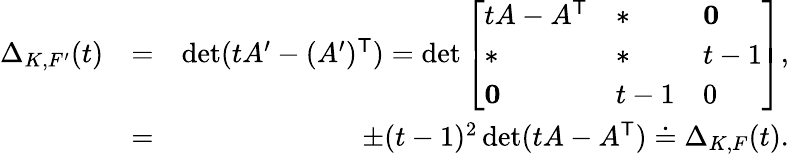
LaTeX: \begin{array}{rlr}{\Delta_{K,F^{\prime}}(t)}&{=}&{\operatorname*{det}(tA^{\prime}-(A^{\prime})^{\mathsf{T}})=\operatorname*{det}\left[\begin{array}{lll}{tA-A^{\mathsf{T}}}&{*}&{\textbf{0}}\\ {*}&{*}&{t-1}\\ {\textbf{0}}&{t-1}&{0}\end{array}\right],}\\ &{=}&{\pm(t-1)^{2}\operatorname*{det}(tA-A^{\mathsf{T}})\doteq\Delta_{K,F}(t).}\end{array}